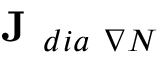
\textbf { J } _ { d i a \ \nabla N }